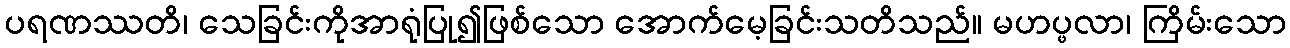
ပရဏဿတိ၊ သေခြင်းကိုအာရုံပြု၍ဖြစ်သော အောက်မေ့ခြင်းသတိသည်။ မဟပ္ဖလာ၊ ကြိမ်းသော